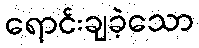
ရောင်းချခဲ့သော